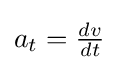
{\textstyle a_{t}={\frac {dv}{dt}}}